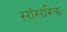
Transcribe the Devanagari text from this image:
सांसरिक